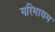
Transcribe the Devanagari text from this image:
गरिमायम